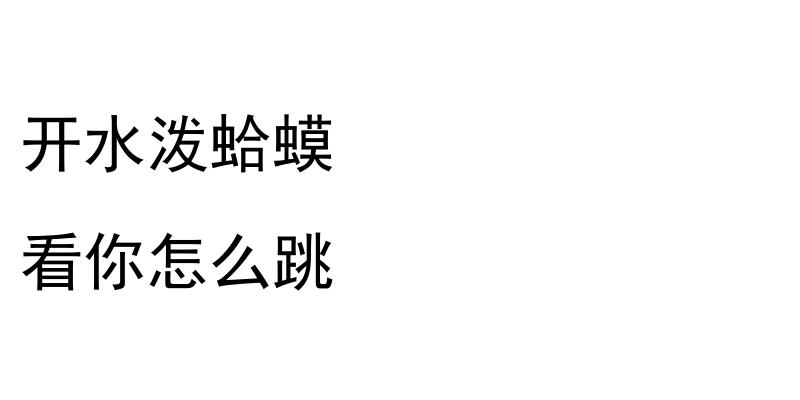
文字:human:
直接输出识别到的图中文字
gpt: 开水泼蛤蟆 看你怎么跳